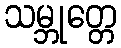
သမ္ဘုတ္တေ